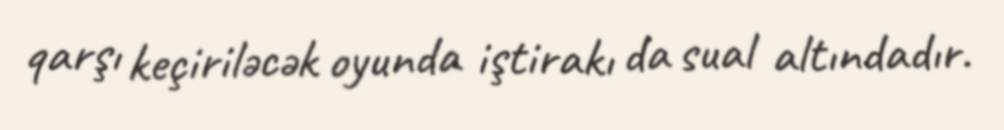
qarşı keçiriləcək oyunda iştirakı da sual altındadır.